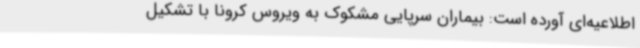
اطلاعیه‌ای آورده است: بیماران سرپایی مشکوک به ویروس کرونا با تشکیل